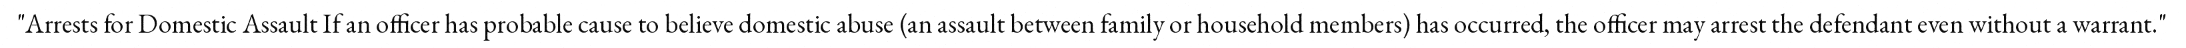
"Arrests for Domestic Assault If an officer has probable cause to believe domestic abuse (an assault between family or household members) has occurred, the officer may arrest the defendant even without a warrant."